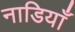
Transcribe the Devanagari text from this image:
नाडियाँ